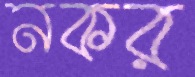
নকর